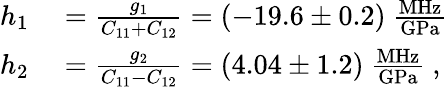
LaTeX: \begin{array}{rl}{h_{1}}&{{}=\frac{g_{1}}{C_{11}+C_{12}}=(-19.6\pm 0.2)~\frac{\mathrm{MHz}}{\mathrm{GPa}}}\\ {h_{2}}&{{}=\frac{g_{2}}{C_{11}-C_{12}}=(4.04\pm 1.2)~\frac{\mathrm{MHz}}{\mathrm{GPa}}\ ,}\end{array}